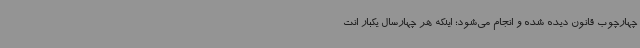
چهارچوب قانون دیده شده و انجام می‌شود؛ اینکه هر چهارسال یکبار انت